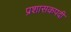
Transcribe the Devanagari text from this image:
प्रशासकपदी